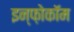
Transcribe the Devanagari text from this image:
इन्फ़ोकॉम